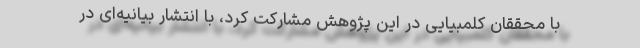
با محققان کلمبیایی در این پژوهش مشارکت کرد، با انتشار بیانیه‌ای در